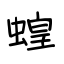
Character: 蝗